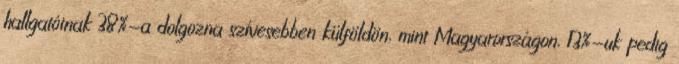
hallgatóinak 38%-a dolgozna szívesebben külföldön, mint Magyarországon, 13%-uk pedig